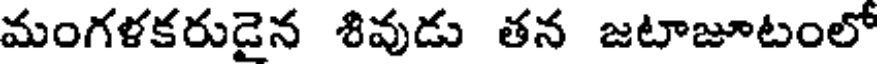
మంగళకరుడైన శివుడు తన జటాజూటంలో